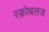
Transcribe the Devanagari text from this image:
स्क्रोबलज